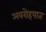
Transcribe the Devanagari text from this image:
अवरोहपात